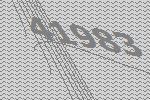
41983